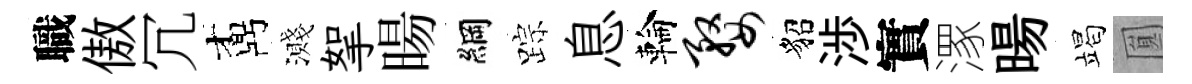
職傲冗鼒濺挐暘綱踪息輪婺貂渉實潈暘竭圎